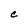
Character: c